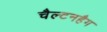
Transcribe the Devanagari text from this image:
चैल्टनहैग